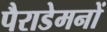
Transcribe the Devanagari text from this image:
पैराडेमनों